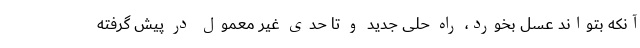
آنکه بتواند عسل بخورد، راه حلی جدید و تا حدی غیر معمول در پیش گرفته